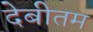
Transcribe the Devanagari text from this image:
देबीतम